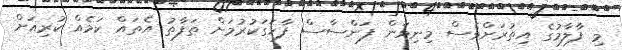
މި ފާލާމުގެ އިތުރަށްވެސް މިނިވަން ފަންސާސް ފާހަގަކުރުމަށް ތަފާތު އެތައް ކަމެއް ކުރިއަށް